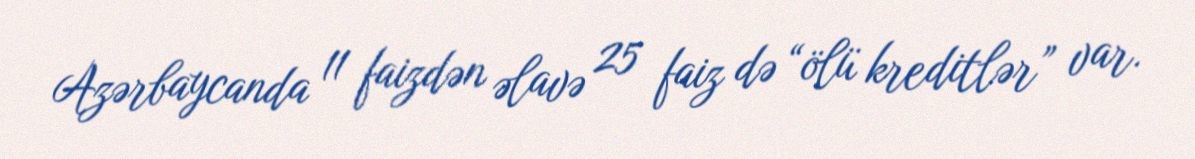
Azərbaycanda 11 faizdən əlavə 25 faiz də “ölü kreditlər” var.